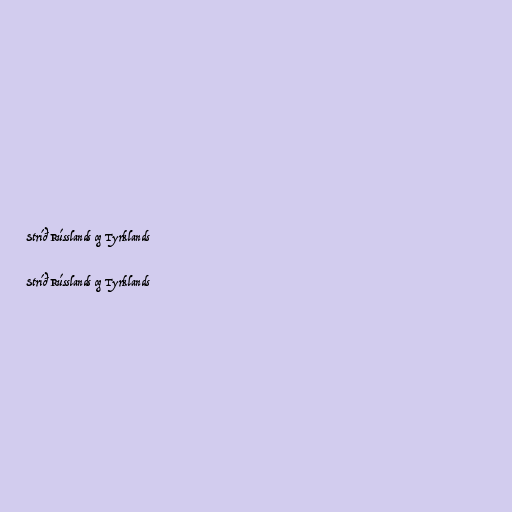
Stríð Rússlands og Tyrklands

Stríð Rússlands og Tyrklands